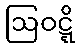
ဩဝဋ္ဋိ